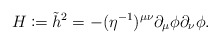
\begin{align*} H\coloneqq\tilde{h}^2=-(\eta^{-1})^{\mu\nu}\partial_\mu\phi\partial_\nu\phi.\end{align*}